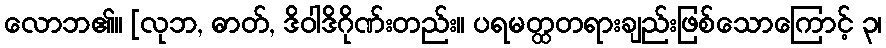
လောဘ၏။ [လုဘ, ဓာတ်, ဒိဝါဒိဂိုဏ်းတည်း။ ပရမတ္ထတရားချည်းဖြစ်သောကြောင့် ၃၊